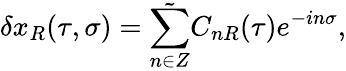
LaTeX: \delta x_{R}(\tau,\sigma)=\tilde{\sum_{n\in Z}}C_{nR}(\tau)e^{-in\sigma},